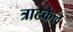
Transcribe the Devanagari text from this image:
त्राटकेल